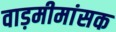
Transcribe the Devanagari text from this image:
वाड़मीमांसक